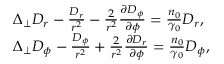
\begin{array} { r l } & { \Delta _ { \perp } D _ { r } - \frac { D _ { r } } { r ^ { 2 } } - \frac { 2 } { r ^ { 2 } } \frac { \partial D _ { \phi } } { \partial \phi } = \frac { n _ { 0 } } { \gamma _ { 0 } } D _ { r } , } \\ & { \Delta _ { \perp } D _ { \phi } - \frac { D _ { \phi } } { r ^ { 2 } } + \frac { 2 } { r ^ { 2 } } \frac { \partial D _ { r } } { \partial \phi } = \frac { n _ { 0 } } { \gamma _ { 0 } } D _ { \phi } , } \end{array}